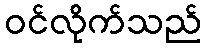
ဝင်လိုက်သည်